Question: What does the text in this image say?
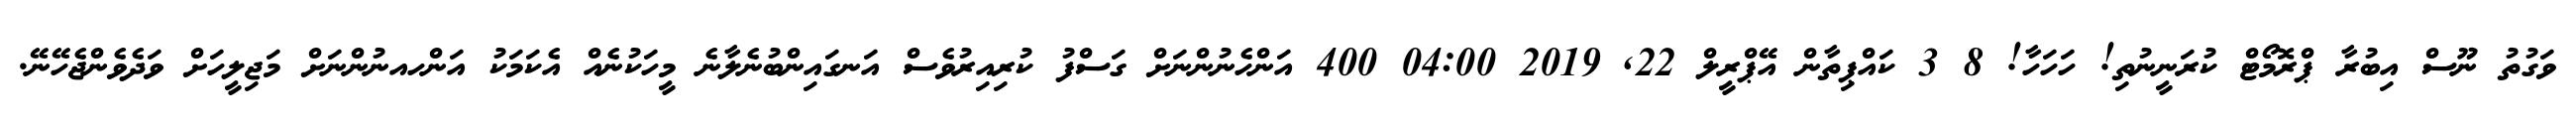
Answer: ވަގުތު ނޫސް އިބުރާ ޕްރޮމޯޓް ކުރަނީނުތި! ހަހަހާ! 8 3 ކައްޕިތާން އޭޕްރީލް 22, 2019 04:00 400 އަންހެނުންނަށް ގަސްފު ކުރިއިރުވެސް އަނގައިންބުނެލާނެ މީހަކުނެއް އެކަމަކު އަންހއނުންނަށް މަޖިލީހަށް ވަދެވެންޖެހޭނޭ.